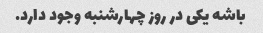
باشه یکی در روز چهارشنبه وجود دارد.